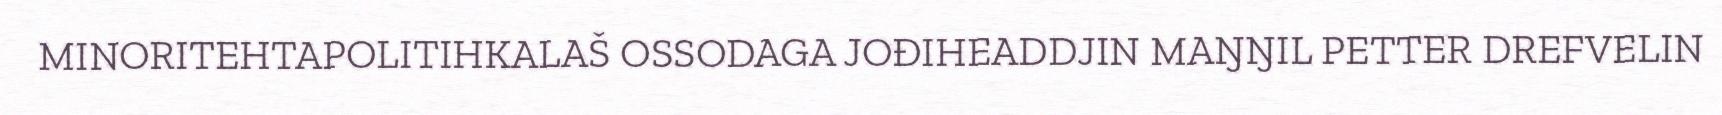
MINORITEHTAPOLITIHKALAŠ OSSODAGA JOĐIHEADDJIN MAŊŊIL PETTER DREFVELIN